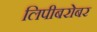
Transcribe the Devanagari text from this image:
लिपीबरोबर